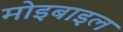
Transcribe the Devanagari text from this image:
मोइबाइल